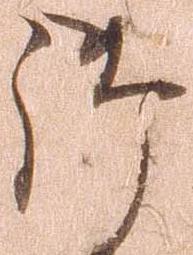
御